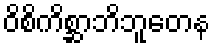
ဝိစိကိစ္ဆာဘိဘူတေန